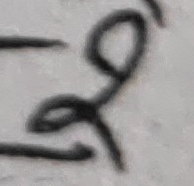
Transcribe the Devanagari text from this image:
९